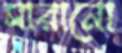
সারানো